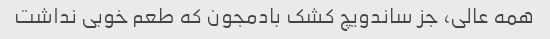
همه عالی، جز ساندویچ کشک بادمجون که طعم خوبی نداشت